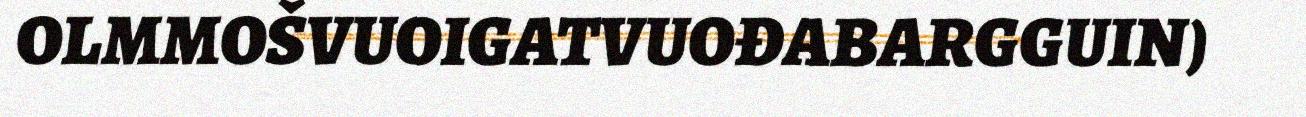
OLMMOŠVUOIGATVUOĐABARGGUIN)